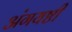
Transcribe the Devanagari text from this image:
अंगयष्टी